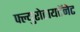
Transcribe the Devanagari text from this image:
फ्ल्युरोटायटॅनेट